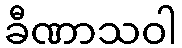
ခီဏာသဝါ